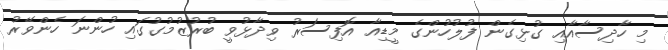
މި ހާދިސާއާއި ގުޅިގެން ފުލުހުންގެ މީޑިއާ އޮފިސަރު ވިދާޅުވީ ބުރުޒުމުގުގައި ހުންނަ ހެންވޭރު